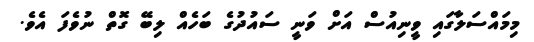
މިމައްސަލާގައި ވީނިއުސް އަށް ވަނީ ސައުދުގެ ބަހެއް ލިބޭ ގޮތް ނުވެފަ އެވެ.